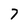
Character: 7